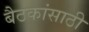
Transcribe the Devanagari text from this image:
बैठकांसाठी